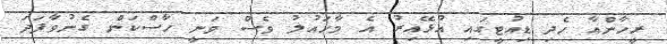
ރީހާންއާ ހެދި ޑިއުޓީގައި އުޅޭއިރު އެ މާހައުލު ވެސް ވަނީ ހާސްކަން ގެނުވާފަދަ